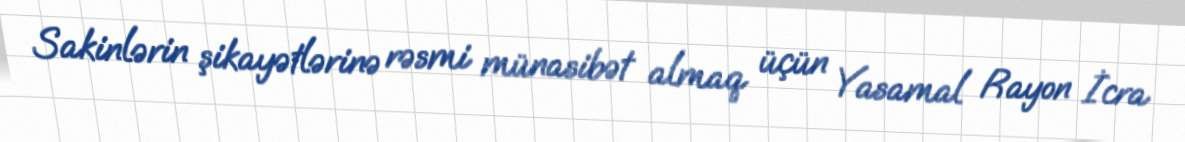
Sakinlərin şikayətlərinə rəsmi münasibət almaq üçün Yasamal Rayon İcra